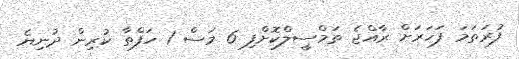
ފުރަތަމަ ފަހަރަށް ރާއްޖެ ތަމްސީލްކޮށްފި 6 މަސް 1 ހަފްތާ ކުރިން ދުނިޔެ